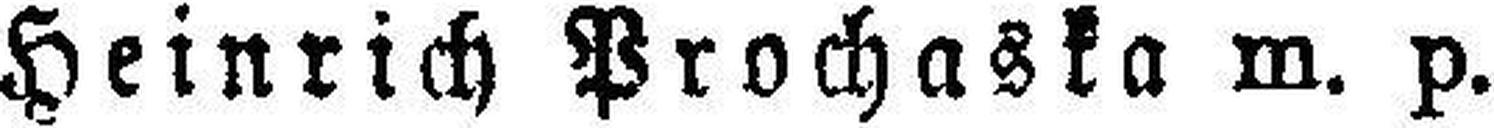
Heinrich Prochaska m. p.